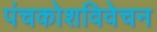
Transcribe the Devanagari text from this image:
पंचकोशविवेचन